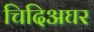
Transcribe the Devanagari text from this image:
चिदिअघर